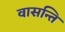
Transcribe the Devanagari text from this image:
वासन्ति